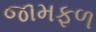
જામફળ